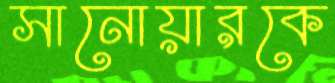
সানোয়ারকে